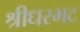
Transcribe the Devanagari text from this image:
श्रीधरभट